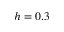
h = 0 . 3